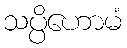
သပ္ပိဟောမံ